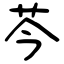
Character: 芩